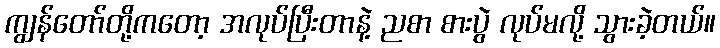
ကျွန်တော်တို့ကတော့ အလုပ်ပြီးတာနဲ့ ညစာ စားပွဲ လုပ်မလို့ သွားခဲ့တယ်။